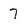
Character: 7